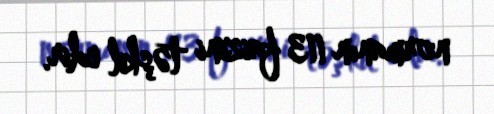
normanın 113 faizini təşkil edir.